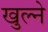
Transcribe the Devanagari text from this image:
खुल्ने